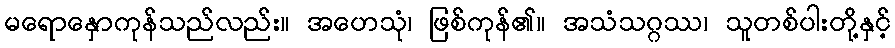
မရောနှောကုန်သည်လည်း။ အဟေသုံ၊ ဖြစ်ကုန်၏။ အသံသဂ္ဂဿ၊ သူတစ်ပါးတို့နှင့်